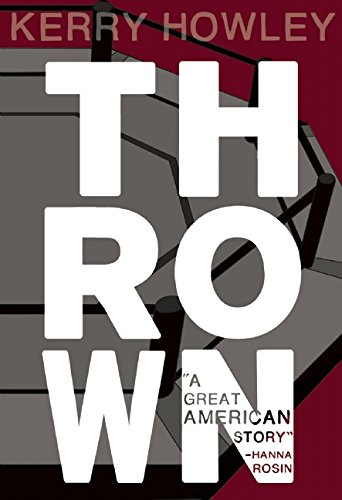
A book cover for Thrown; Kerry Howley; Sports & Outdoors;